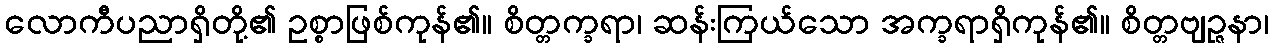
လောကီပညာရှိတို့၏ ဥစ္စာဖြစ်ကုန်၏။ စိတ္တက္ခရာ၊ ဆန်းကြယ်သော အက္ခရာရှိကုန်၏။ စိတ္တဗျဉ္ဇနာ၊